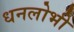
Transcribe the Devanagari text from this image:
धनलोभी